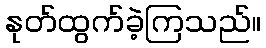
နုတ်ထွက်ခဲ့ကြသည်။